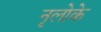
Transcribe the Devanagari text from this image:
नृलोके